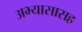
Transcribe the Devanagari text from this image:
अभ्यासासह